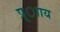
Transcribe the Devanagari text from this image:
प्र्ााय